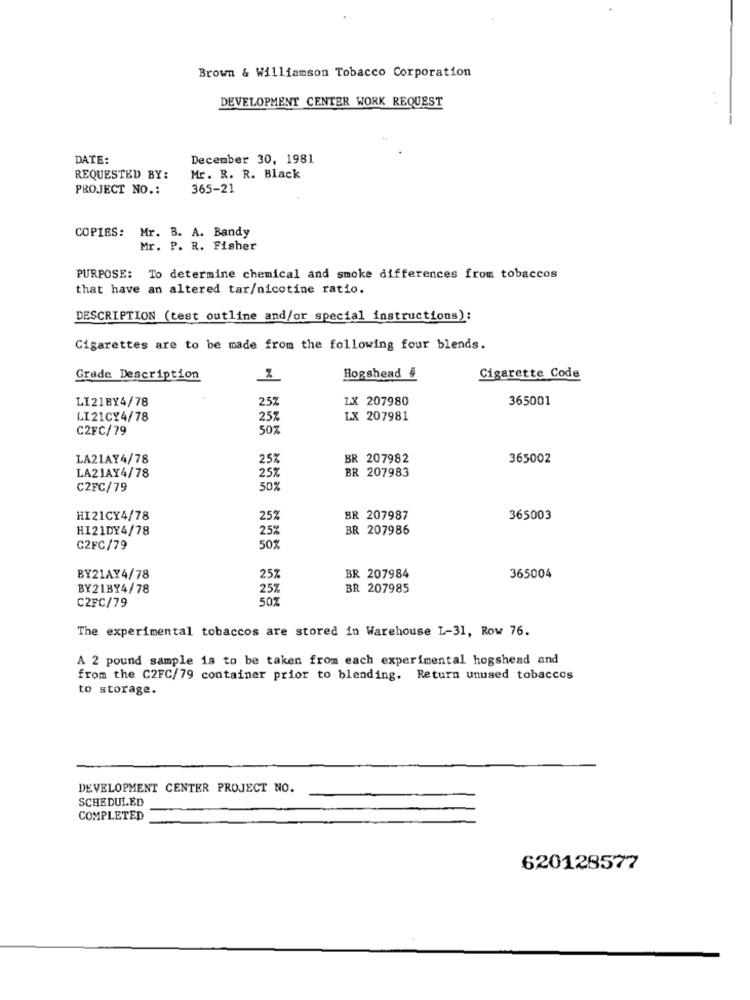
Brown & Williamson Tobacco Corporation
DEVELOPMENT CENTER WORK REQUEST
DATE:
December 30, 1981
REQUESTED BY:
Mr. R. R. Black
PROJECT NO .:
365-21
COPIES: Mr. B. A. Bandy
Mr. P. R. Fisher
PURPOSE: To determine chemical and smoke differences from tobaccos
that have an altered tar/nicotine ratio.
DESCRIPTION (test outline and/or special instructions):
Cigarettes are to be made from the following four blends.
Grade Description
Hogshead #
Cigarette Code
LI21BY4/78
25%
LX 207980
365001
LI21CY4/78
25%
LX 207981
C2FC/79
50%
LA21AY4/78
25%
BR 207982
365002
BR 207983
LA21AY4/78
25%
C2FC/79
50%
HI21CY4/78
25%
BR 207987
365003
HI21DY4/78
25%
BR 207986
C2FC/79
50%
BY21AY4/78
25%
BR 207984
365004
BY21BY4/78
25%
BR 207985
50%
C2FC/79
The experimental tobaccos are stored in Warehouse L-31, Row 76.
A 2 pound sample is to be taken from each experimental hogshead and
from the C2FC/79 container prior to blending. Return unused tobaccos
to storage.
DEVELOPMENT CENTER PROJECT NO.
SCHEDULED
COMPLETED
620128577